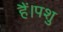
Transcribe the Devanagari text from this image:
हैं।पशु